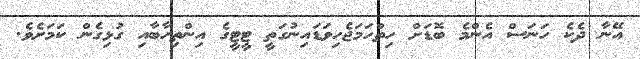
އޭނާ ދެކެ ހަނަސް އެންމެ ބޮޑަށް ހިތްހަމަޖެހިވަޑައިނުގަތީ ޓީޓީގެ އިންތިހާބާއި ގުޅިގެން ކަމަށެވެ.